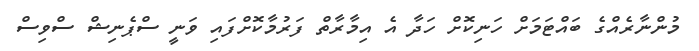
މުންނާރެއްގެ ބައްޓަމަށް ހަނިކޮށް ހަދާ އެ އިމާރާތް ފަރުމާކޮށްފައި ވަނީ ސްޕެނިޝް ސްވިސް